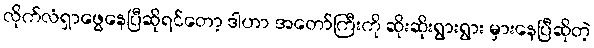
လိုက်လံရှာဖွေနေပြီဆိုရင်တော့ ဒါဟာ အတော်ကြီးကို ဆိုးဆိုးရွားရွား မှားနေပြီဆိုတဲ့